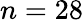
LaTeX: n=28